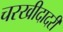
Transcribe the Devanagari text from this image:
चरखीदादरी